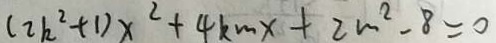
( 2 k ^ { 2 } + 1 ) x ^ { 2 } + 4 k m x + 2 m ^ { 2 } - 8 = 0